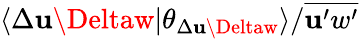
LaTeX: \langle\Delta\mathbf{u}\Deltaw\vert\theta_{\Delta\mathbf{u}\Deltaw}\rangle/\overline{{{\mathbf{u}^{\prime}w^{\prime}}}}